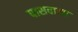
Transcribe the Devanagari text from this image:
पासवाला